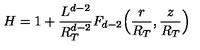
H = 1 + \frac { L ^ { d - 2 } } { R _ { T } ^ { d - 2 } } F _ { d - 2 } \Big ( \frac { r } { R _ { T } } , \frac { z } { R _ { T } } \Big )